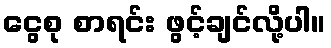
ငွေစု စာရင်း ဖွင့်ချင်လို့ပါ။